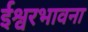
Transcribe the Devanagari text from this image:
ईश्वरभावना